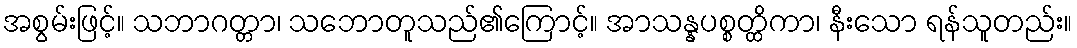
အစွမ်းဖြင့်။ သဘာဂတ္တာ၊ သဘောတူသည်၏ကြောင့်။ အာသန္နပစ္စတ္ထိကာ၊ နီးသော ရန်သူတည်း။